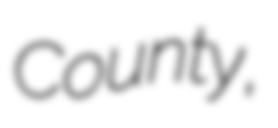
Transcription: County,